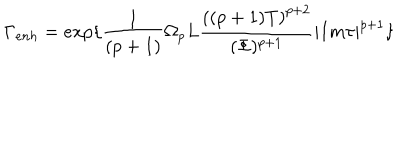
{ \Gamma } _ { e n h } = e x p \{ \frac { 1 } { ( p + 1 ) } { \Omega } _ { p } L \frac { { \left( ( p + 1 ) T \right) } ^ { p + 2 } } { ( { \Phi } ) ^ { p + 1 } } | I m { \tau } | ^ { p + 1 } \}